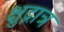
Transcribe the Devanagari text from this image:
क्षुद्रात्र